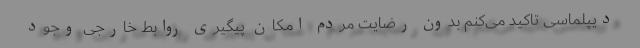
دیپلماسی تاکید می‌کنم بدون رضایت مردم امکان پیگیری روابط خارجی وجود